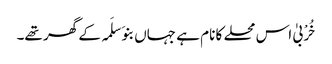
خُرْبیٰ اس محلے کا نام ہے جہاں بنو َسلَمہ کے گھر تھے۔